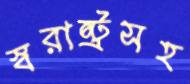
স্বরাষ্ট্রসহ